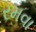
રમવા